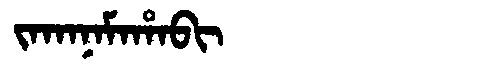
Manchu: ᠵᠠᡴᠠᠨᠠᠮᠠᡥᠠᠪᡳ
Romanization: JAKANAMAHABI